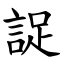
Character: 䛤